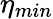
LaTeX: \eta_{min}